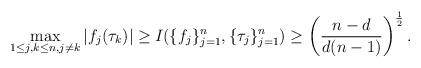
LaTeX: \begin{align*}\max _{1\leq j,k \leq n, j\neq k}|f_j(\tau_k)| \geq I_{} (\{f_j \}_{j=1}^n, \{\tau_j \}_{j=1}^n)\geq \left(\frac{n-d}{d(n-1)}\right)^\frac{1}{2}.\end{align*}